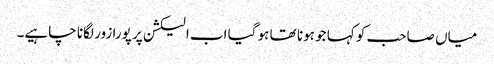
میاں صاحب کو کہا جو ہونا تھا ہو گیا اب الیکشن پر پورا زور لگانا چاہیے۔